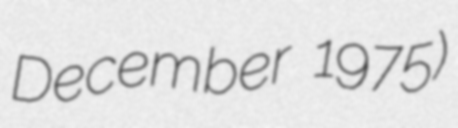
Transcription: December 1975)